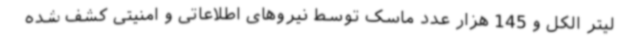
لیتر الکل و 145 هزار عدد ماسک توسط نیروهای اطلاعاتی و امنیتی کشف شده